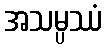
အသမ္ပဿံ